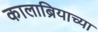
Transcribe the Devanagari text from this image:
कालाब्रियाच्या